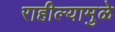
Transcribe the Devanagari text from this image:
राहील्यामुळे